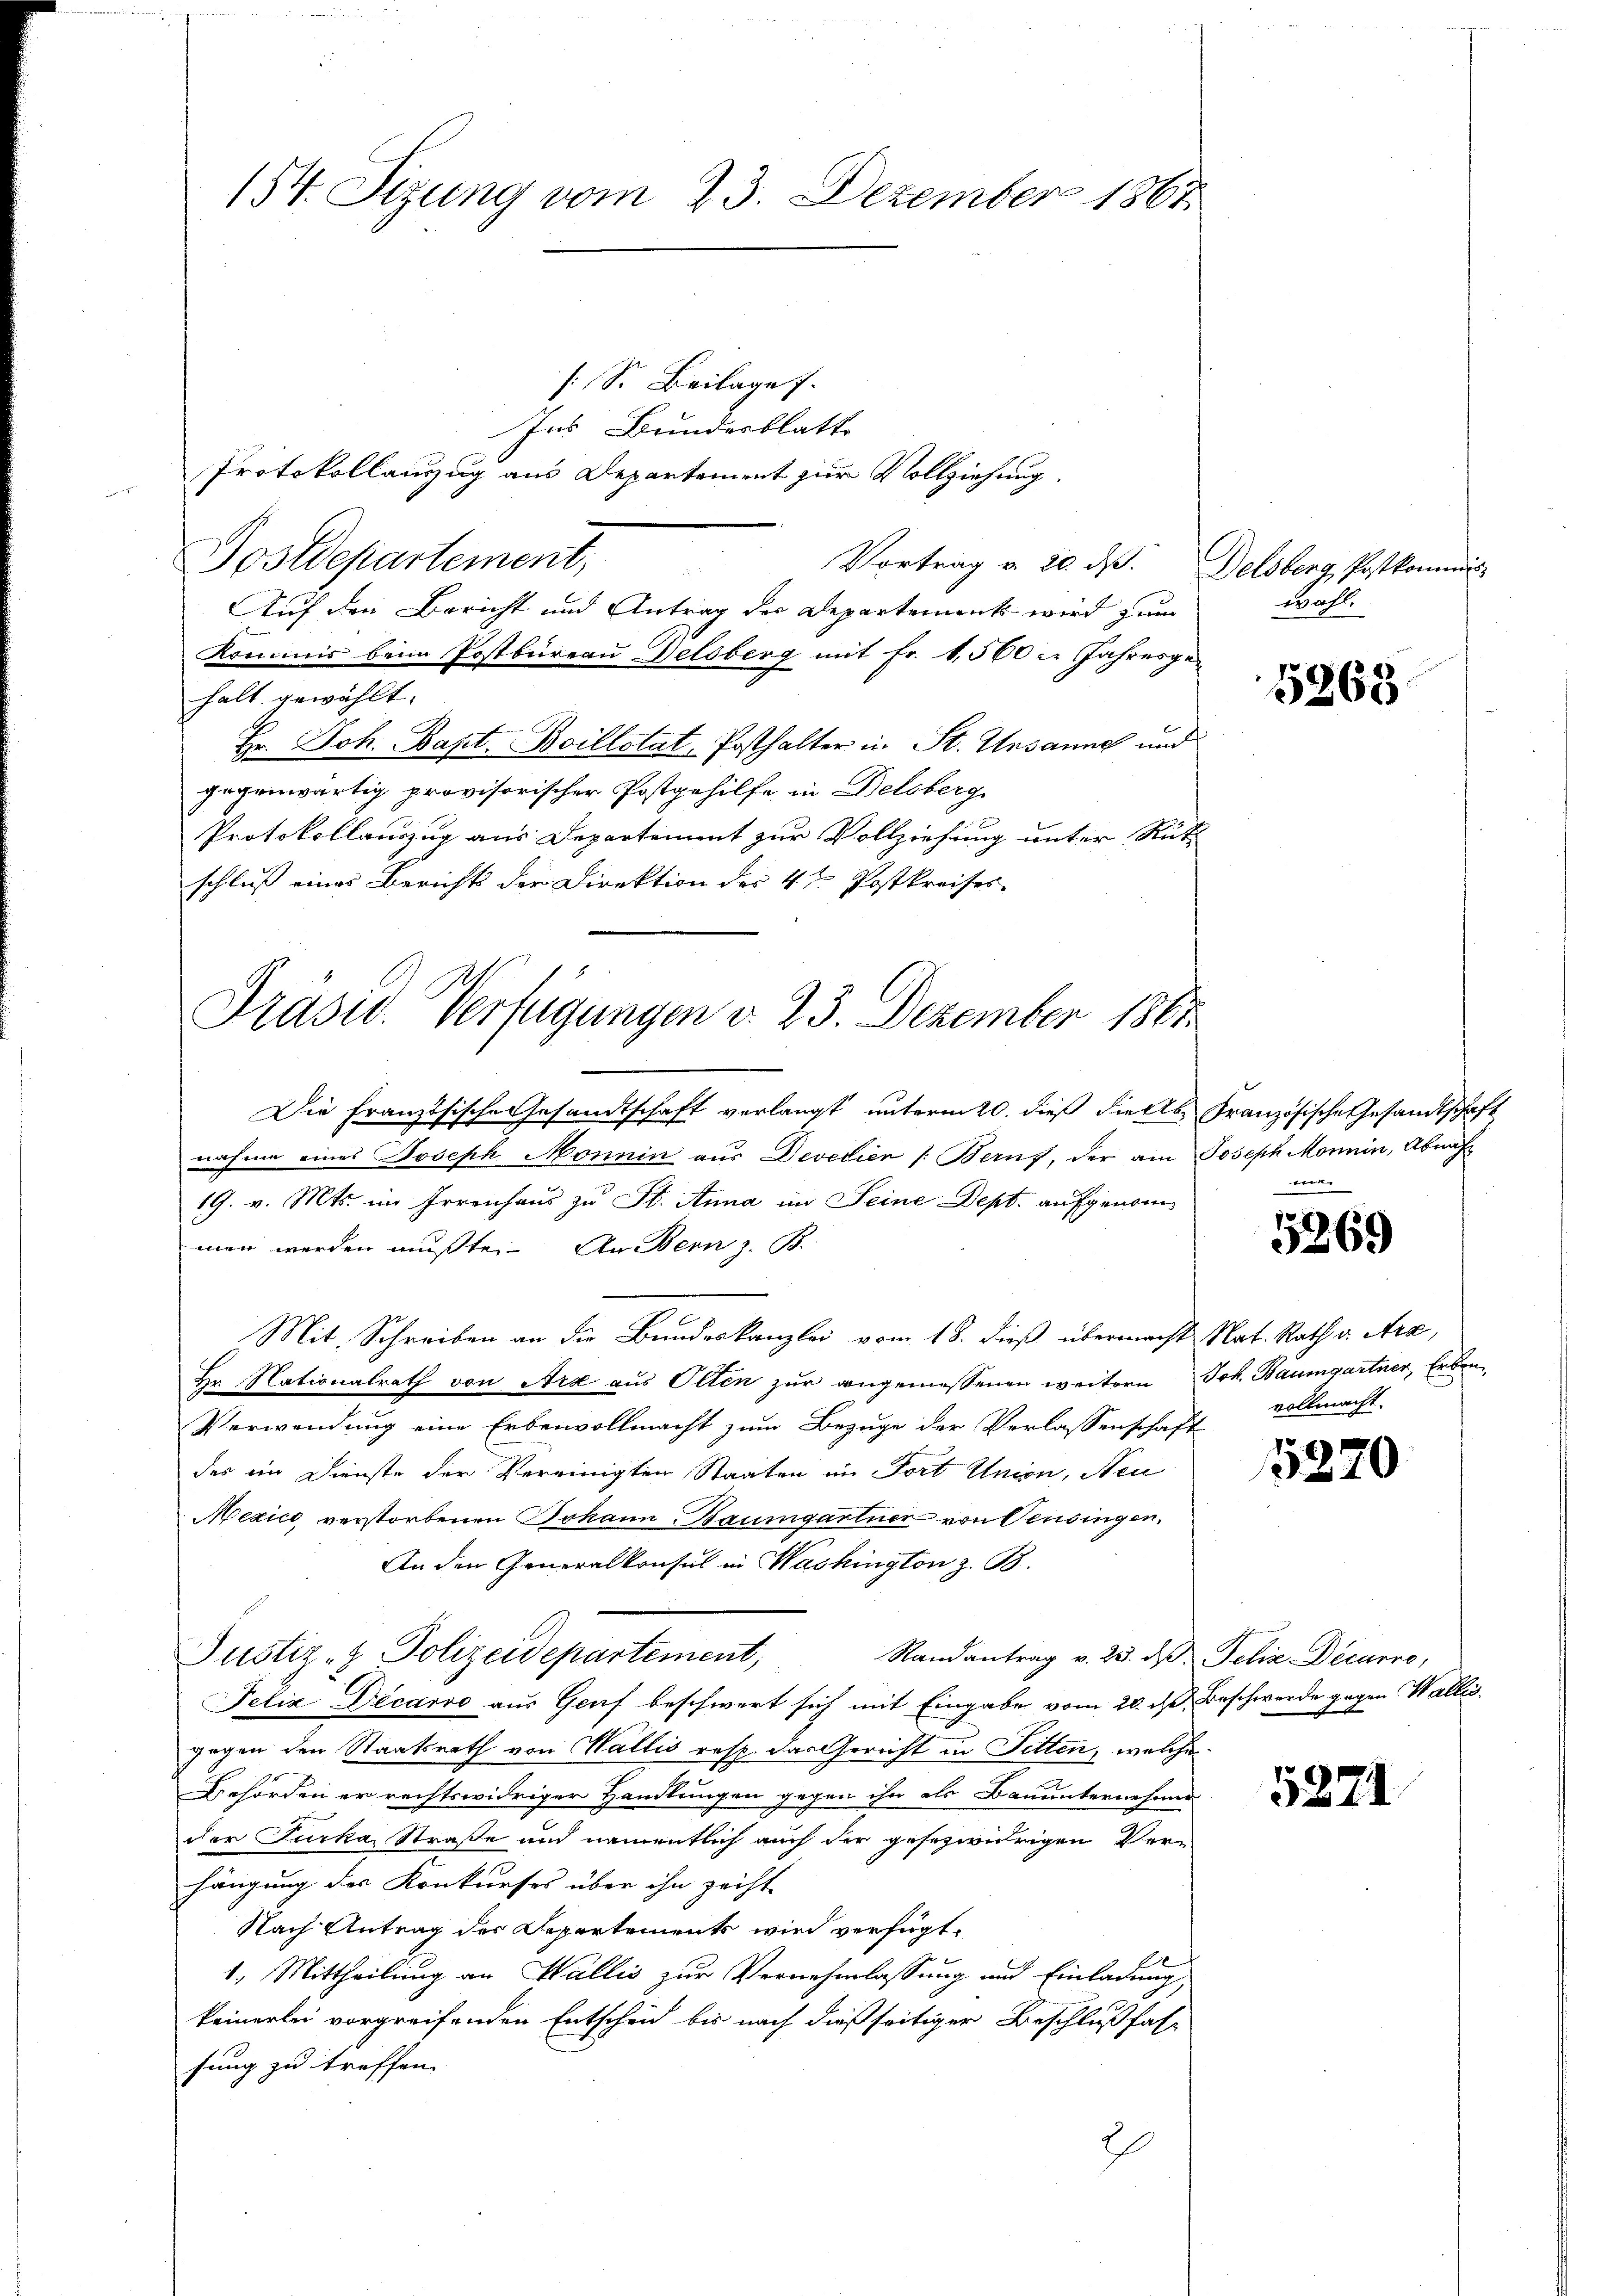
154. Sizung vom 23. Dezember 1861
[S. Beilage f

Ins Bundesblatte
Protokollauszug aus Departement zur Vollziehung.

Vortrag v. 20. d. Delsberg, Postkommis
Auf den Bericht und Antrag der Departement wird zum
Kommis beim Postbüreau Delsberg mit Fr. 1,560 cr Jahresge
halt gewählt.
Hr. Joh. Bapt. Boillstat, Posthalter in St. Unsanne und
gegenwärtig provisorischer Postgehilfe in Delsberge
Protokollauszug aus Departement zur Vollziehung unter Rüt
schluß eines Berichts der Direktion des 4ten Postkreises.

Postdepartement;

Präsid. Verfügungen d. 23. Dezember 1861

Die Französische Gesandtschaft verlangt unterm 20. dieß dieses Französische Gesandtschaft
nahme eines Joseph Monnin aus Devetien /: Beruf, der am
19. v. Mts. im Irrenhaus zu St. Anna im Seine Dept. aufgenommen werden mußte. An Bern z. B.
Mit. Schreiben an die Bundeskanzlei vom 18. dieß übermacht Nat. Rath v. Ara,
Da Nationalrath von Art aus Olten zur angemessenen weitern
Verwendung eine Erbenvollmacht zum Bezuge der Verlassenschaft
des im Dienste der Vereinigten Staaten in Fort Union, Neu
Mexico verstorbenen Johann Baumgartner von Pensingen.
An den Generalkonsul in Washington z. B.
Justiz- & Polizeidepartement,
Randantrag v. 25. d. Felix Décarre,
Felix Decario aus Genf beschwert sich mit Eingabe vom 20. d. Beschwerde gegegen den Staatsrath von Wallis resp. das Gericht in Pitten, welches
Behörden er rechtswidriger Handlungen gegen ihn als Bauunternehme
der Furka, Straße und namentlich auch der gesezwirigen Verhängung des Konkurses über ihn zeicht
Nach Antrag des Departements wird verfügt:
1
1. Mittheilung an Wallis zur Vernehmlassung und Einladung
keinerlei vorgreifenden Entscheid bis nach dießseitiger Beschlußfas-
sung zu treffen.
2

wahl.

5368

Joseph Monnin, Abnahma

5269

Joh. Baumgartner, Erben.
vollmacht.

5220

5871

egen Wallis.